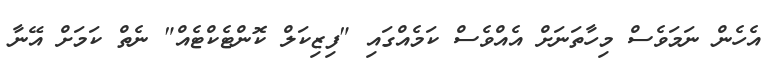
އެހެން ނަމަވެސް މިހާތަނަށް އެއްވެސް ކަމެއްގައި "ފިޒިކަލް ކޮންޓެކްޓެއް" ނެތް ކަމަށް އޭނާ